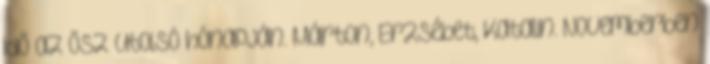
idő az ősz utolsó hónapján. Márton, Erzsébet, Katalin. Novemberben